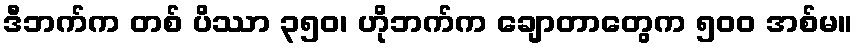
ဒီဘက်က တစ် ပိဿာ ၃၅၀၊ ဟိုဘက်က ချောတာတွေက ၅၀၀ အစ်မ။